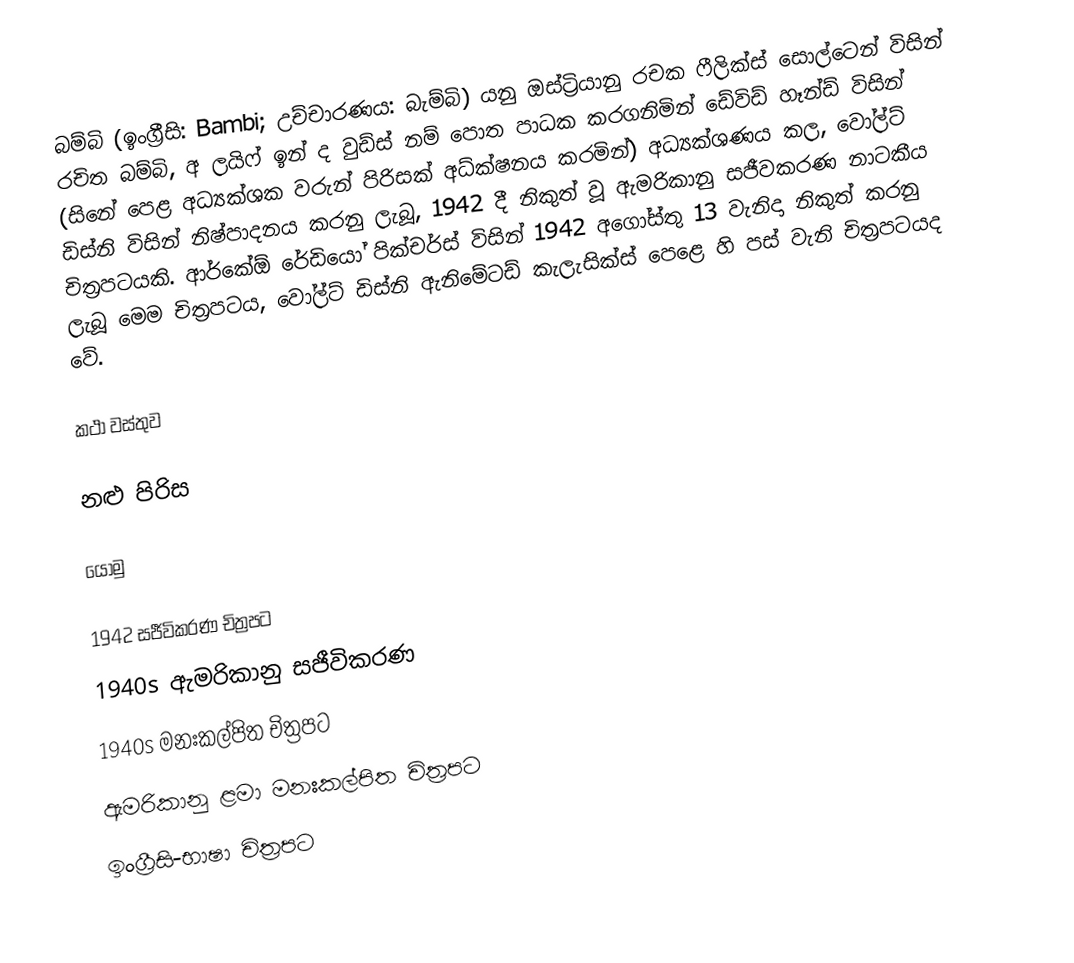
බම්බි (ඉංග්‍රීසි: Bambi; උච්චාරණය: බැම්බි) යනු ඔස්ට්‍රියානු රචක ෆීලික්ස් සොල්ටෙන් විසින් රචිත බම්බි, අ ලයිෆ් ඉන් ද වුඩ්ස් නම් පොත පාධක කරගනිමින් ඩේවිඩ් හෑන්ඩ් විසින් (සිනේ පෙළ අධ්‍යක්ශක වරුන් පිරිසක් අධ්‍ක්ෂනය කරමින්) අධ්‍යක්ශණය කල, වෝල්ට් ඩිස්නි විසින් නිෂ්පාදනය කරනු ලැබූ, 1942 දී නිකුත් වූ ඇමරිකානු සජීවකරණ නාටකීය චිත්‍රපටයකි. ආර්කේඕ රේඩියෝ පික්චර්ස් විසින් 1942 අගෝස්තු 13 වැනිදා නිකුත් කරනු ලැබූ මෙම චිත්‍රපටය, වෝල්ට් ඩිස්නි ඇනිමේටඩ් කැලැසික්ස් පෙළෙ හි පස් වැනි චිත්‍රපටයද වේ.

කථා වස්තුව

නළු පිරිස

යොමු

1942 සජීවිකරණ චිත්‍රපට
1940s ඇමරිකානු සජීවිකරණ
1940s මනඃකල්පිත චිත්‍රපට
ඇමරිකානු ළමා මනඃකල්පිත චිත්‍රපට
ඉංග්‍රීසි-භාෂා චිත්‍රපට